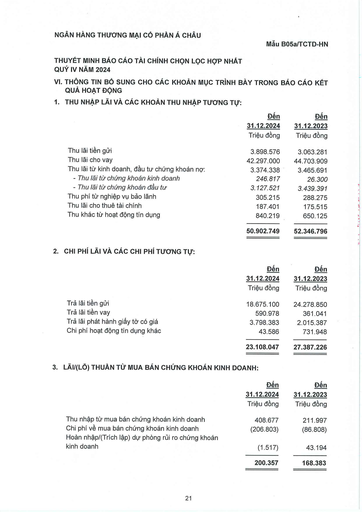
||Đến|Đến| |---|---|---| ||31.12.2024|31.12.2023| ||Triệu đồng|Triệu đồng| |Thu lãi tiền gửi|3.898.576|3.063.281| |Thu lãi cho vay|42.297.000|44.703.909| |Thu lãi từ kinh doanh, đầu tư chứng khoán nợ|3.374.338|3.465.691| |Thu lãi từ chứng khoán kinh doanh|246.817|26.300| |Thu lãi từ chứng khoán đầu tư|3.127.521|3.439.391| |Thu phí từ nghiệp vụ bảo lãnh|305.215|288.275| |Thu lãi cho thuê tài chính|187.401|175.515| |Thu khác từ hoạt động tín dụng|840.219|650.125| ||50.902.749|52.346.796| ||Đến|Đến| |---|---|---| ||31.12.2024|31.12.2023| ||Triệu đồng|Triệu đồng| |Trả lãi tiền gửi|18.675.100|24.278.850| |Trả lãi tiền vay|590.978|361.041| |Trả lãi phát hành giấy tờ có giá|3.798.383|2.015.387| |Chi phí hoạt động tín dụng khác|43.586|731.948| ||23.108.047|27.387.226| ||Đến|Đến| |---|---|---| ||31.12.2024|31.12.2023| ||Triệu đồng|Triệu đồng| |Thu nhập từ mua bán chứng khoán kinh doanh|408.677|211.997| |Chi phí về mua bán chứng khoán kinh doanh|(206.803)|(86.808)| |Hoàn nhập/(Trích lập) dự phòng rủi ro chứng khoán kinh doanh|(1.517)|43.194| ||200.357|168.383|